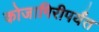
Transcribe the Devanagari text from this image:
कोजागिरीपर्यंत